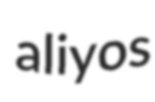
aliyos